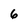
Character: 6